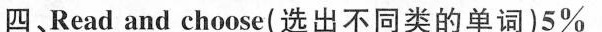
四、Read and choose( 选出不同类的单词)5%